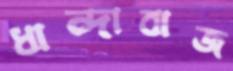
ধান্দাবাজ